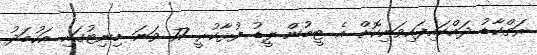
ރަތްކާޑު ދައްކައިފައިވަނިކޮށް އެ ޓީމުން ލީޑު ފުޅާކުރީ 77 ވަނަ މިނިޓުގައި އަހުމަދު